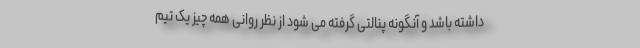
داشته باشد و آنگونه پنالتی گرفته می شود از نظر روانی همه چیز یک تیم